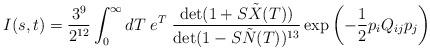
LaTeX: \begin{align*}I (s, t) =\frac{3^9}{2^{12}} \int_0^\infty dT \; e^{T} \;\frac{\det (1+S \tilde{X}(T))}{\det (1-S \tilde{N} (T))^{13}} \exp \left(-\frac{1}{2} p_iQ_{ij}p_j\right)\end{align*}